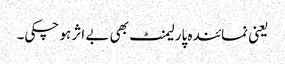
یعنی نمائندہ پارلیمنٹ بھی بے اثر ہو چکی۔